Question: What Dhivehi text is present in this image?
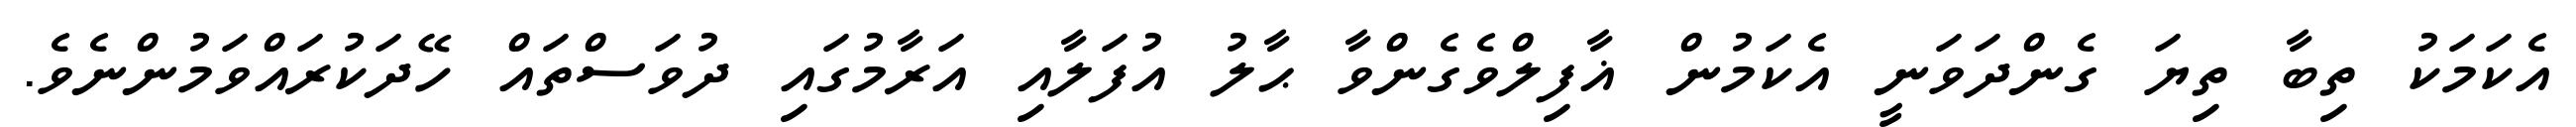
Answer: އެކަމަކު ތިބާ ތިޔަ ގެންދަވަނީ އެކަމުން ޣާފިލްވެގެންވާ ޙާލު އުފަލާއި އަރާމުގައި ދުވަސްތައް ހޭދަކުރައްވަމުންނެވެ.